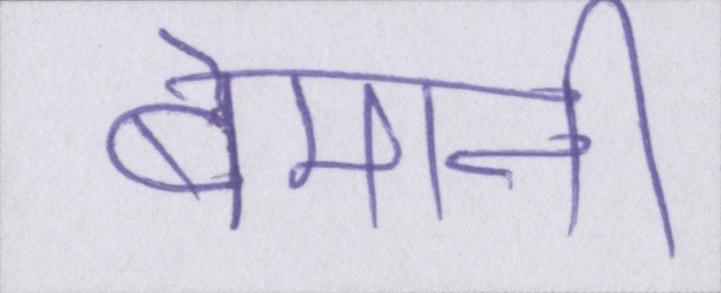
बेमानी